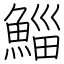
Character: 鯔